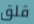
قلق